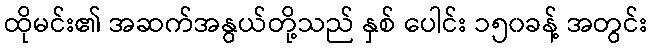
ထိုမင်း၏ အဆက်အနွယ်တို့သည် နှစ် ပေါင်း ၁၅၀ခန့် အတွင်း